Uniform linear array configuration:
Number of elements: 8
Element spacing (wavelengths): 0.5
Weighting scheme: binomial
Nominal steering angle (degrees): -15
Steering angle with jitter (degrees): -16.663
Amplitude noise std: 0.05
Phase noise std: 0.05

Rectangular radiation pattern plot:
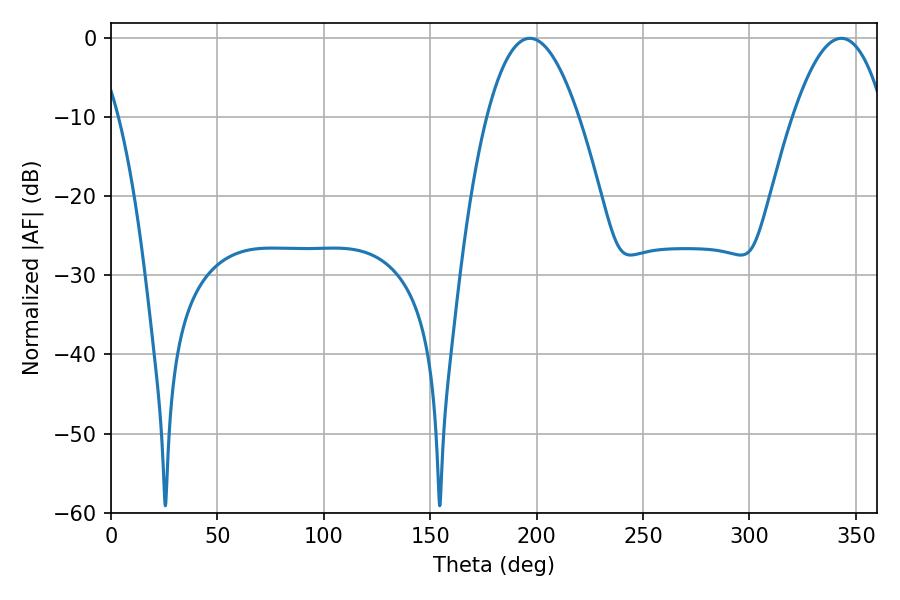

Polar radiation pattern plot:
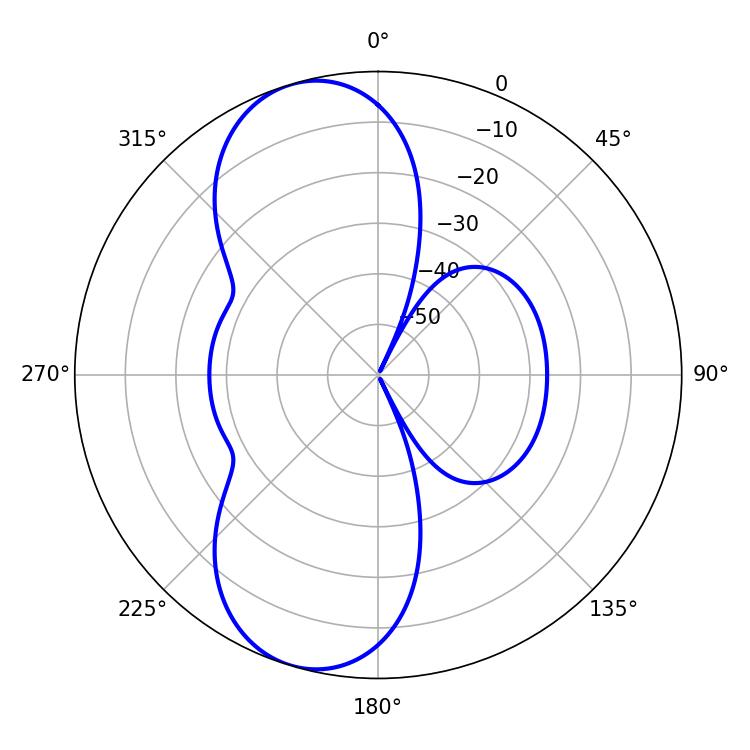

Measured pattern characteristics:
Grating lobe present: FALSE
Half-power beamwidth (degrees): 23.76
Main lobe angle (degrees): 196.74